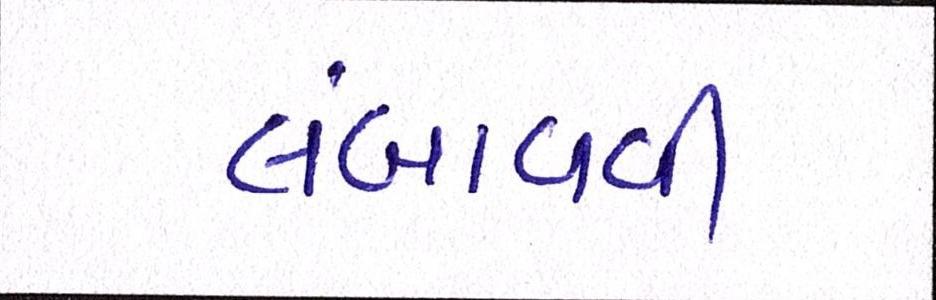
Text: લંબાવવી